Civil Veterinary Dept. Bombay admin report 1923-31 - 1923-1931
Year: 1923
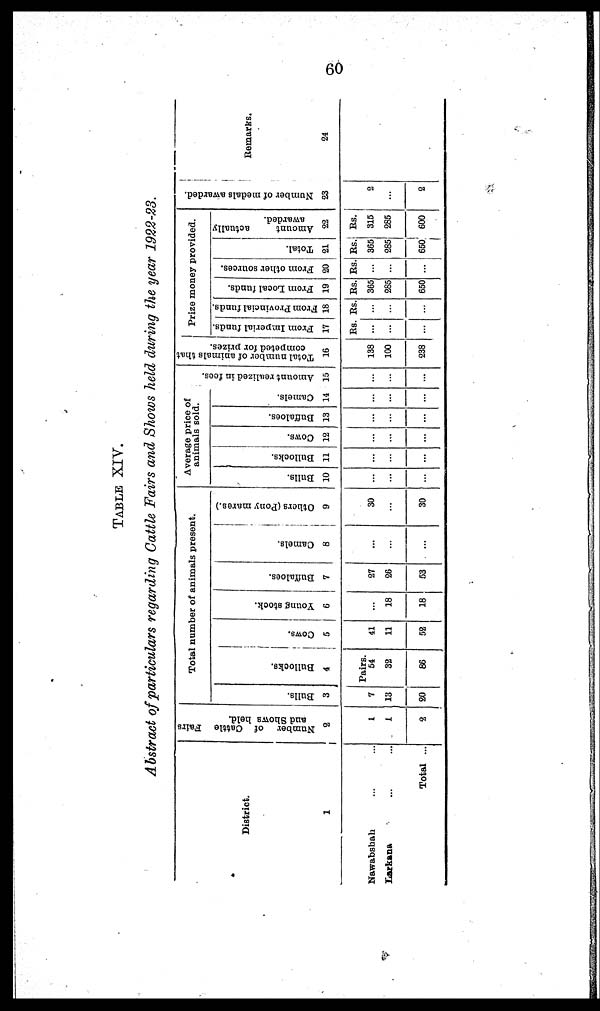
60
TABLE XIV.
Abstract of particulars regarding Cattle Fairs and Shows held during the year 1922-23.
District.
1
Nawabshah ... ...
Larkana ... ...
Total ...
Number of Cattle Fairs
and Shows held.
2
1
1
2
Total number of animals present.
Bulls.
3
7
13
20
Bullocks.
4
Pairs.
54
32
86
Cows.
5
41
11
52
Young stock.
6
18
18
Buffaloes.
7
27
26
53
Camels,
8
...
...
...
Others (Pony mares.)
9
30
...
30
Average price of
animals sold.
Bulls.
10
...
...
...
Bullocks.
11
...
...
...
Cows.
12
...
...
...
Buffaloes.
13
...
...
...
Camels.
14
...
...
...
Amount realized in fees.
15
...
...
...
Total number of animals that
competed for prizes.
16
138
100
238
Prize money provided.
From
Imperial funds.
17
Rs.
...
...
...
From Provincial funds.
18
Rs.
...
...
...
From Local funds.
19
Rs.
365
285
650
From
other sources.
20
Rs.
...
...
...
Total.
21
Rs.
365
285
650
Amount
actually
awarded.
22
Rs.
315
285
600
Number of medals awarded.
23
2
...
2
Remarks.
24